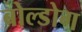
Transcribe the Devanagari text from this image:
बोल्डोग